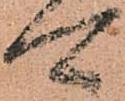
可